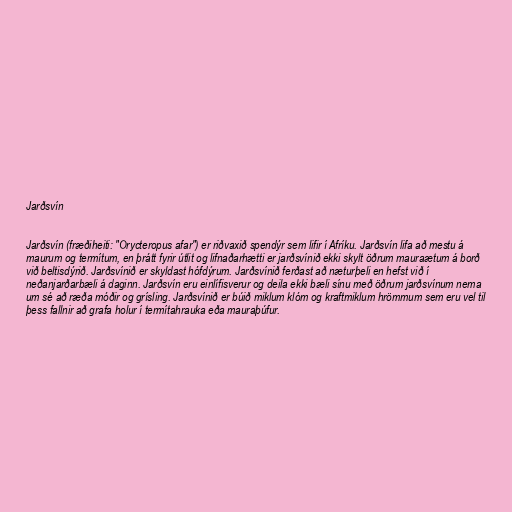
Jarðsvín

Jarðsvín (fræðiheiti: "Orycteropus afar") er riðvaxið spendýr sem lifir í Afríku. Jarðsvín lifa að mestu á
maurum og termítum, en þrátt fyrir útlit og lifnaðarhætti er jarðsvínið ekki skylt öðrum mauraætum á borð
við beltisdýrið. Jarðsvínið er skyldast hófdýrum. Jarðsvínið ferðast að næturþeli en hefst við í
neðanjarðarbæli á daginn. Jarðsvín eru einlífisverur og deila ekki bæli sínu með öðrum jarðsvínum nema
um sé að ræða móðir og grísling. Jarðsvínið er búið miklum klóm og kraftmiklum hrömmum sem eru vel til
þess fallnir að grafa holur í termítahrauka eða mauraþúfur.